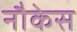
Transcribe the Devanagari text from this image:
नौकेस